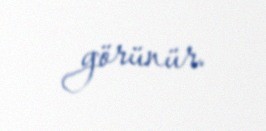
görünür.